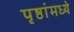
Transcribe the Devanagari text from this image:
पृष्ठांमध्ये